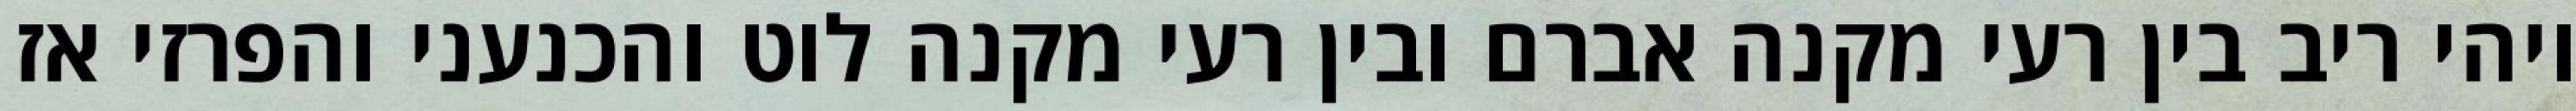
ויהי ריב בין רעי מקנה אברם ובין רעי מקנה לוט והכנעני והפרזי אז